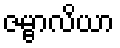
ဇမ္ဗာလိယာ